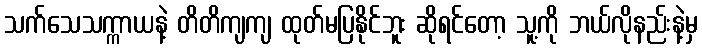
သက်သေသက္ကာယနဲ့ တိတိကျကျ ထုတ်မပြနိုင်ဘူး ဆိုရင်တော့ သူ့ကို ဘယ်လိုနည်းနဲ့မှ